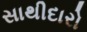
સાથીદારો